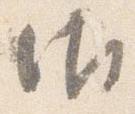
御